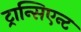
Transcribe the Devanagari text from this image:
ट्रान्सिएन्ट